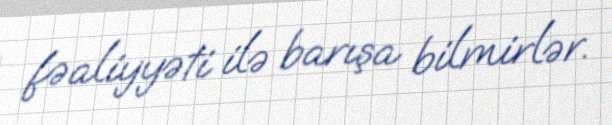
fəaliyyəti ilə barışa bilmirlər.